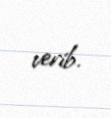
verib.